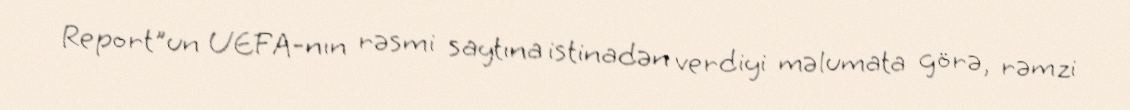
Report"un UEFA-nın rəsmi saytına istinadən verdiyi məlumata görə, rəmzi